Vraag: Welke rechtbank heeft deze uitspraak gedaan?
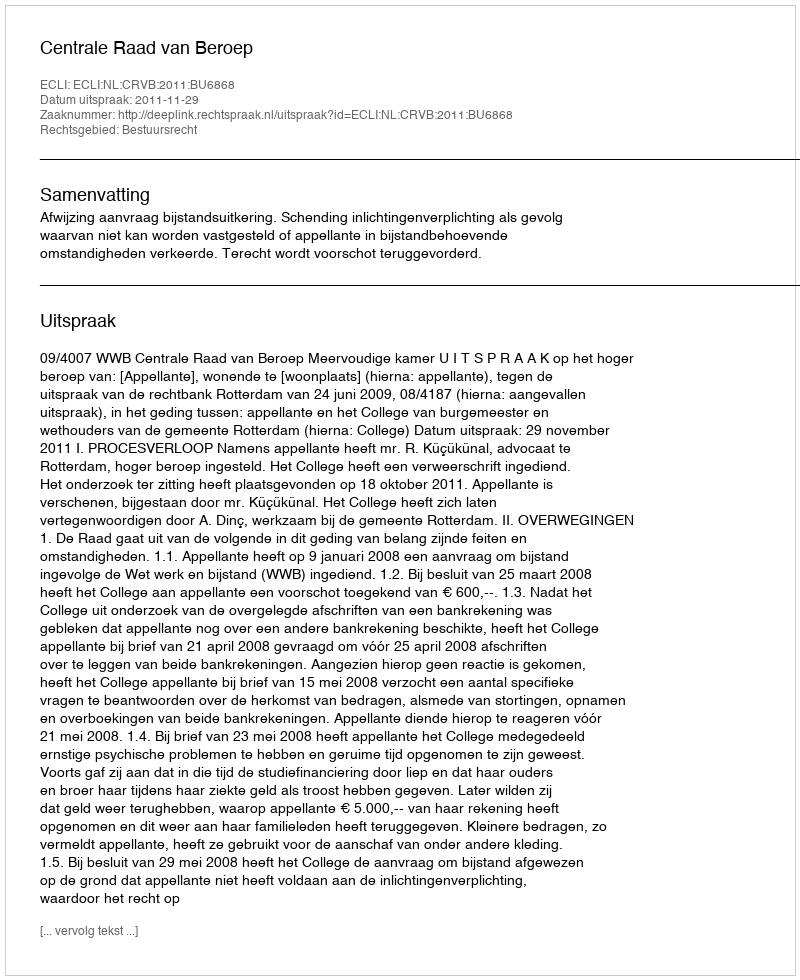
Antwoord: Centrale Raad van Beroep